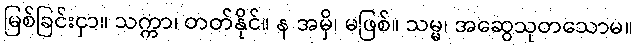
မြစ်ခြင်းငှာ။ သက္ကာ၊ တတ်နိုင်။ န အမှိ၊ မဖြစ်။ သမ္မ၊ အဆွေသုတသောမ။